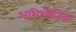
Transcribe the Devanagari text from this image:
अभिभौतिक